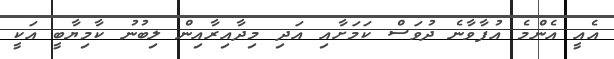
އެއީ އެންމެ އުފާވާނެ ދުވަސް ކަމަށާއި އަދި މިދާއިރާއިން ލިބުނު ކާމިޔާބީ އަކީ